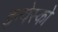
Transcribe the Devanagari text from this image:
इन्वेस्को